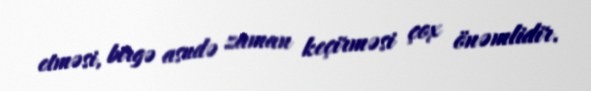
etməsi, birgə asudə zaman keçirməsi çox önəmlidir.